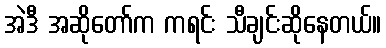
အဲဒီ အဆိုတော်က ကရင်း သီချင်းဆိုနေတယ်။